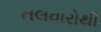
તલવારોથી